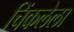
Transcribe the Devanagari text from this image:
चिंकलेला